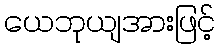
ယေဘုယျအားဖြင့်